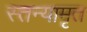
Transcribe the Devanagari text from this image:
स्तन्यामृत